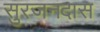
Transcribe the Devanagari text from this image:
सुरजनदास